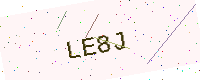
Text: LE8J